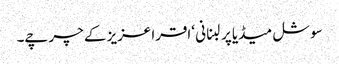
سوشل میڈیا پر لبنانی ‘اقرا عزیز کے چرچے۔